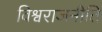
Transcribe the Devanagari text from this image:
विश्वराजनीति